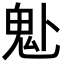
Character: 𩱻